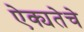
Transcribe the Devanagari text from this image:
ऐक्यतेचे